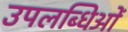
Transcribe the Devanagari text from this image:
उपलब्धिओं